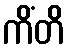
ကိံတိ